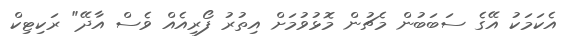
އެކަމަކު އޭގެ ސަބަބުން މެޗުން މޮޅުވުމަށް އިތުރު ފޯރިއެއް ވެސް އާދޭ" ރަކިޓިކް